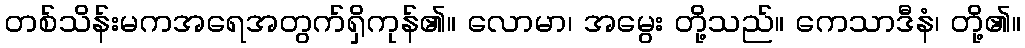
တစ်သိန်းမကအရေအတွက်ရှိကုန်၏။ လောမာ၊ အမွေး တို့သည်။ ကေသာဒီနံ၊ တို့၏။